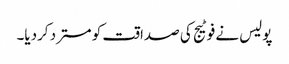
پولیس نے فوٹیج کی صداقت کو مسترد کردیا۔